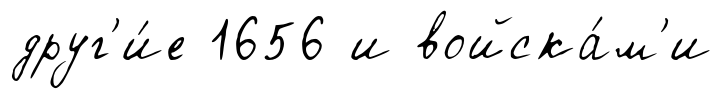
друг'и́е 1656 и войска́м'и